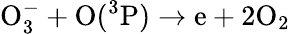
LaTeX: \mathrm O_{3}^{-}+\mathrm O(^{3}\mathrm P)\to\mathrm e+2\mathrm O_{2}